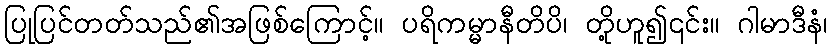
ပြုပြင်တတ်သည်၏အဖြစ်ကြောင့်။ ပရိကမ္မာနီတိပိ၊ တို့ဟူ၍၎င်း။ ဂါမာဒီနံ၊